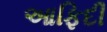
આફિદી